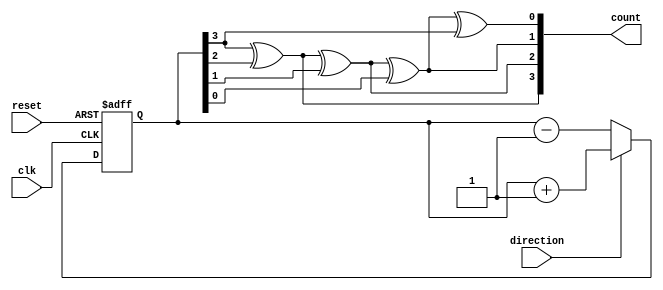
module GrayCounter(
    input wire clk,
    input wire reset,
    input wire direction,
    output reg[3:0] count
);

reg[3:0] gray_code;

always @(posedge clk or posedge reset)
begin
    if(reset)
        gray_code <= 4'b0000;
    else if(direction)
        gray_code <= gray_code + 1;
    else
        gray_code <= gray_code - 1;
end

// Gray to Binary Conversion
assign count[3] = gray_code[3] ^ gray_code[2];
assign count[2] = count[3] ^ gray_code[1];
assign count[1] = count[2] ^ gray_code[0];
assign count[0] = count[1] ^ gray_code[3];

endmodule